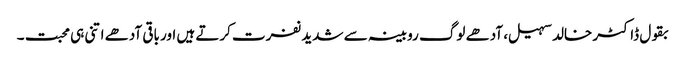
بقول ڈاکٹر خالد سہیل، آدھے لوگ روبینہ سے شدید نفرت کرتے ہیں اور باقی آدھے اتنی ہی محبت ۔